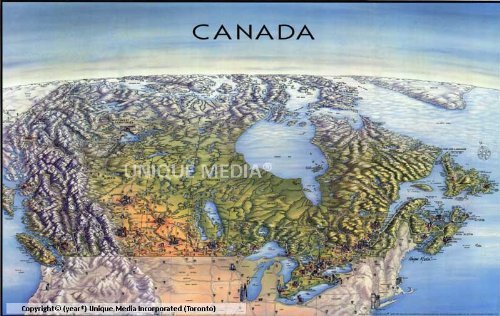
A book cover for Unique Media Map: Canada With Ottawa/Folded; Unique Media Incorporated; Travel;